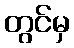
တွင်မှ